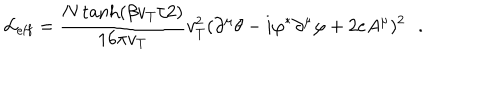
{ \cal L } _ { \mathrm { e f f } } = \frac { N \tanh ( \beta v _ { T } / 2 ) } { 1 6 \pi v _ { T } } v _ { T } ^ { 2 } ( \partial ^ { \mu } \theta - i \varphi ^ { * } \partial ^ { \mu } \varphi + 2 e A ^ { \mu } ) ^ { 2 } \, \, \, \, .